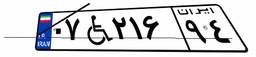
۰۷W۲۱۶۹۴